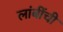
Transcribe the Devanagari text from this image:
लांबींची